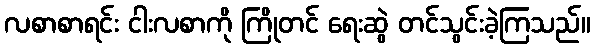
လစာစာရင်း ငါးလစာကို ကြိုတင် ရေးဆွဲ တင်သွင်းခဲ့ကြသည်။